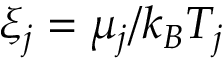
\xi _ { j } = \mu _ { j } / k _ { B } T _ { j }